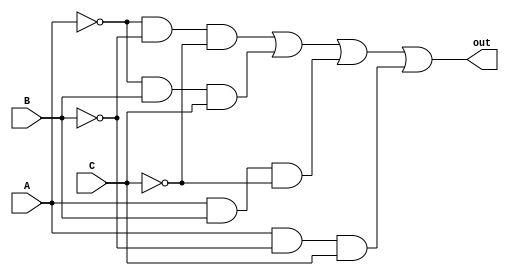
`timescale 1ns / 1ps
//////////////////////////////////////////////////////////////////////////////////
//
// Made by: Ali Nowrouzi and Ahmad Foroughi
// 
//////////////////////////////////////////////////////////////////////////////////
module X_NOR( 
	input A,B,C, output out);
	
	wire w,x,y,z;
	wire not_a,not_b, not_c;
	not(not_a,A);
	not(not_b,B);
	not(not_c,C);

	and(w,not_a,not_b,not_c);
	and(x,not_a,B,C);
	and(y,A,B,not_c);
	and(z,A,not_b,C);
	or(out,w,x,y,z);

endmodule